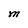
Character: M